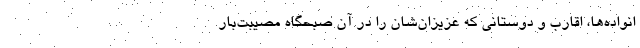
انواده‌ها، اقارب و دوستانی که عزیزان‌شان را در آن صبحگاه مصیبت‌بار